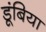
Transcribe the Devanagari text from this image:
डूंबिया